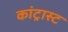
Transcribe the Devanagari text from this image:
कांट्रास्ट